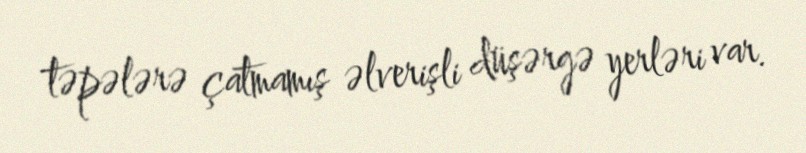
təpələrə çatmamış əlverişli düşərgə yerləri var.